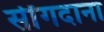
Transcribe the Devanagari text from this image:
सींगदाना